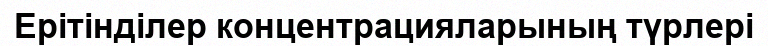
Ерітінділер концентрацияларының түрлері